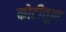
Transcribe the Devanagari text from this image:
कोटीतून